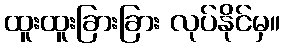
ထူးထူးခြားခြား လုပ်နိုင်မှ။